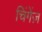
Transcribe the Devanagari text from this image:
चिंगेंज़